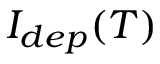
I _ { d e p } ( T )